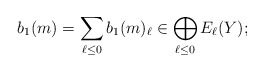
\begin{align*}b_1(m) = \sum_{\ell \leq 0} b_1(m)_{\ell} \in \bigoplus_{\ell \leq 0} E_{\ell}(Y);\end{align*}